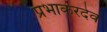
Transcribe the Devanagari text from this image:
प्रभाकरदेव